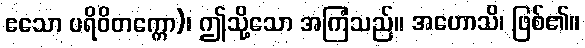
ဧသော ပရိဝိတက္ကော)၊ ဤသို့သော အကြံသည်။ အဟောသိ၊ ဖြစ်၏။